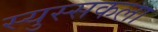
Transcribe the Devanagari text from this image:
स्युस्सकला